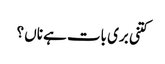
کتنی بری بات ہے ناں ؟